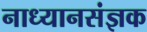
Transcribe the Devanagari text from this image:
नाध्यानसंज्ञक